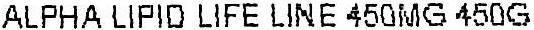
ALPHA LIPID LIFE LINE 450MG 450G